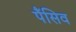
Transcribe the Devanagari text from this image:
पैंसिव